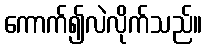
ကောက်၍လဲလိုက်သည်။